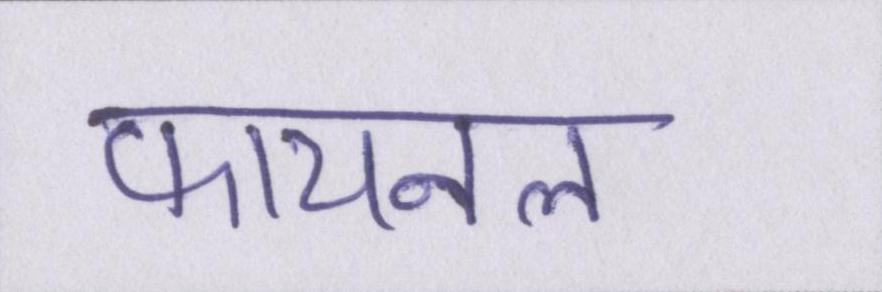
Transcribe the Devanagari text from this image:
फायनल